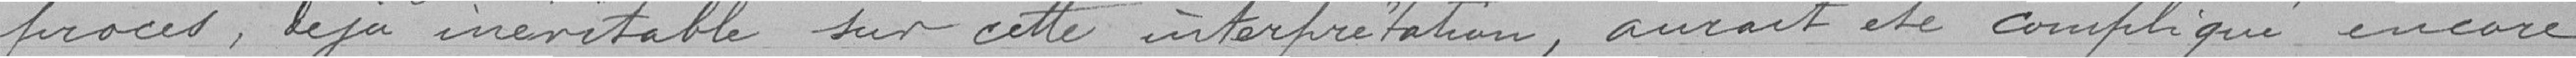
procès déjà inévitable sur cette interprétation, aurait été compliqué encore